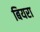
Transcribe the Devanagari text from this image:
बियरा